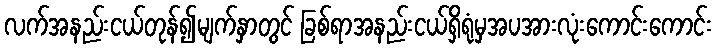
လက်အနည်းငယ်တုန်၍မျက်နှာတွင် ခြစ်ရာအနည်းငယ်ရှိရုံမှအပအားလုံးကောင်းကောင်း